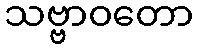
သဗ္ဗာဝတော